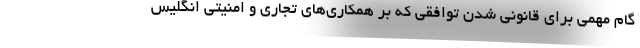
گام مهمی برای قانونی شدن توافقی که بر همکاری‌های تجاری و امنیتی انگلیس